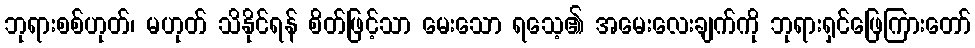
ဘုရားစစ်ဟုတ်၊ မဟုတ် သိနိုင်ရန် စိတ်ဖြင့်သာ မေးသော ရသေ့၏ အမေးလေးချက်ကို ဘုရားရှင်ဖြေကြားတော်